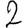
Digit: 2